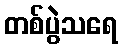
တစ်ပွဲသရေ